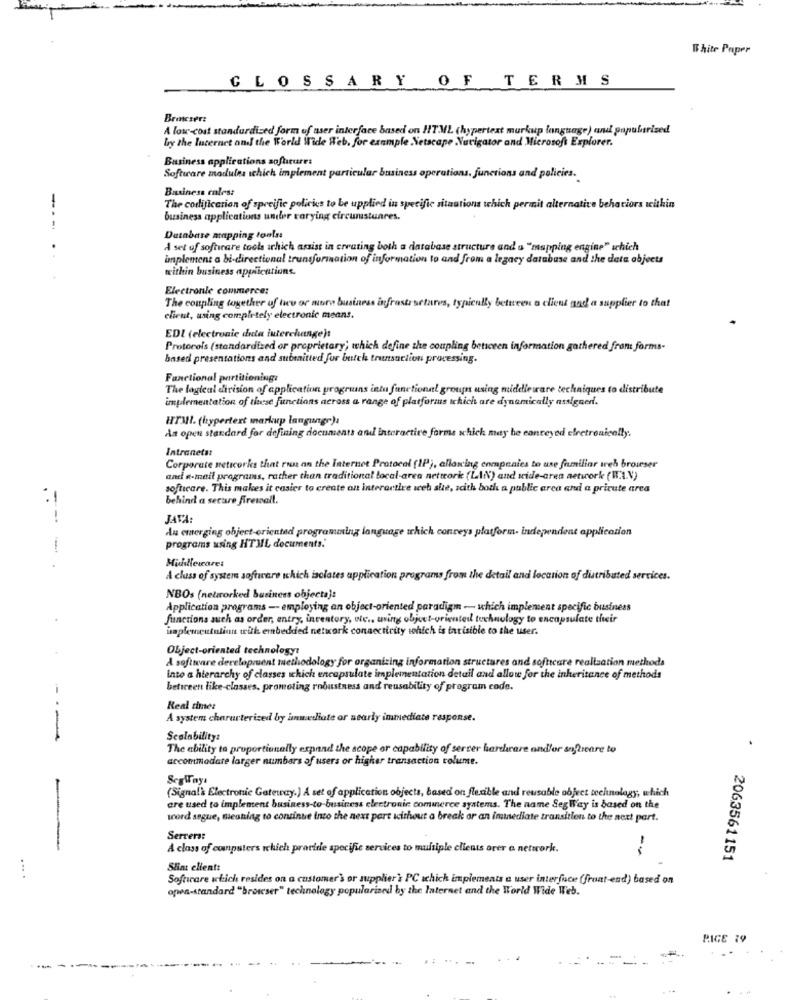
White Paper
GLOSSARY OF TERMS
Bratcser:
A low-cost standardized form of user interface based on HTML (hypertext markup language) and popularised
by the luternet and the World Wide Web. for example Netscape Navigator and Microsoft Explorer.
Business applications sofuture:
Software modules which implement particular business operations, functions and policies.
Business ralest
The codificarion of spreific policies to be upplied in specific situations which permit alternative behaviors within
business applications under varying circunstanres.
-- -.
Database mapping tools:
A set of software tool arhich assist in creating both a database structure and a "mapping engine" which
implement a bi-directional transformation of information to and from a legacy database and the data objects
within business applications.
Electronle commerce:
The coupling together of two or muro business infrastructures, typically between a client and a supplier to that
client, using completely electronic means.
EDI (electronic data interchange):
Protocols (standardized or proprietary; which define the coupling beticeen information gathered from forms-
based presentations and submitted for butch transaction processing.
Fanctional partitioning:
The logical division of application progruns inta functional group using middleware techniques to distribute
implementation of these functions across a range of platforms which are dynamically assigner.
HIMI. (hypertext markup language):
An open standard for defining documents and interactive forms schick may he canteyed elretronically.
Intranets:
Corporate neticorks that run an the Internet Protocol (IP), alloxing companies to use familiar ireh browser
and e-mail programs, rather than traditional local area network (LAN) and side-aren aetwork (I.A.V)
softcare. This makes it casier to create an interactive weh she, with both a public arca and a private area
behind a secure firewall.
JAVA:
Au emerging object-oriented programming language which conveys platform- independent application
programs using HTML documents."
Middleware:
A class of system software which isolates application programs from the detail and location of distributed services.
NBOs (networked business objecta):
Application programs - employing an object-oriented paradigm - which implement specific business
functions such as order, entry, inventory, ole .. uving object-oriented technology to encapsulate their
unplementution with embedded network connectivity which is tavisible to the user.
Object-oriented technology!
A software development methodology for organizing information structures and softtcare realization methods
into a hierarchy of classes which encapsulate implementation detail and allow for the inheritance of methods
beticeen like-classes, promoting robustness and reusability of program code.
Real time:
A system characterized by immediate or nearly immediate response.
---
Scalability:
The ability to proportionally expand the scope or capability of serrer harchrare andlor snftieare to
accommodate larger numbers of users or higher transaction volume.
(Signal'& Electronic Gateway.) A set of application objects, based on flexible and reusable object technology, which
are used to implement business-to-business electronic commerce systems. The name SegWay is based on the
word segue, meaning to continue into the next part without a break or an immediate transition to the next part.
Servers:
-
A class of computers which provide specific services to multiple clients orer a network.
-
2063561151
Shit client:
... .
Softcare ickich resides on a customer's or supplier'} PC schich implements a user interface (front-end) based on
open-standard "brotcser" technology popularized by the Internet and the World Wide Web.
PAGE 19